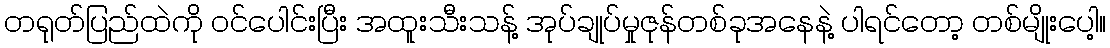
တရုတ်ပြည်ထဲကို ဝင်ပေါင်းပြီး အထူးသီးသန့် အုပ်ချုပ်မှုဇုန်တစ်ခုအနေနဲ့ ပါရင်တော့ တစ်မျိုးပေါ့။